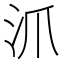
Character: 沠